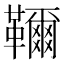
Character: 𩍦